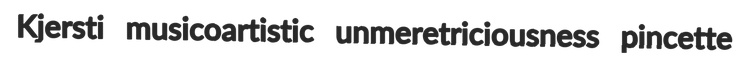
Kjersti musicoartistic unmeretriciousness pincette